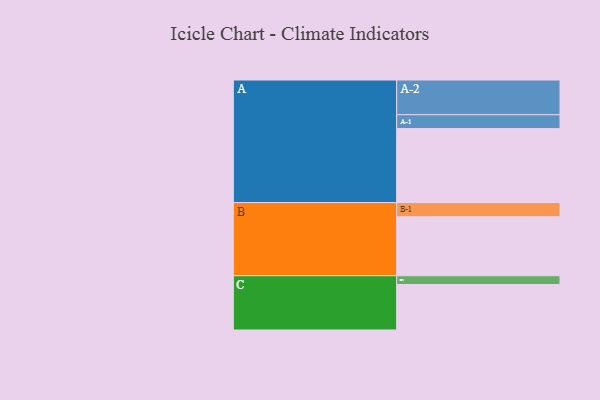
{"axis": {"x": "Segment", "y": "Value"}, "legend": ["", "A", "B", "C"], "data": [{"x": "A", "y": 522, "type": ""}, {"x": "B", "y": 416, "type": ""}, {"x": "C", "y": 321, "type": ""}, {"x": "A-1", "y": 98, "type": "A"}, {"x": "A-2", "y": 245, "type": "A"}, {"x": "B-1", "y": 100, "type": "B"}, {"x": "C-1", "y": 62, "type": "C"}]}